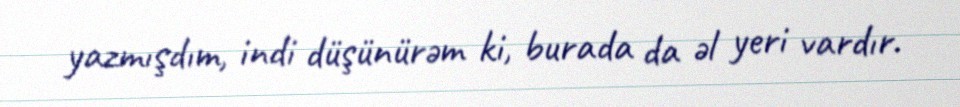
yazmışdım, indi düşünürəm ki, burada da əl yeri vardır.